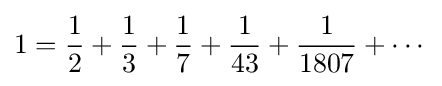
1={\frac {1}{2}}+{\frac {1}{3}}+{\frac {1}{7}}+{\frac {1}{43}}+{\frac {1}{1807}}+\cdots